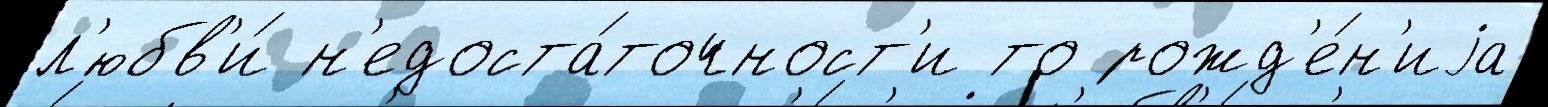
л'юбв'и́ н'едоста́точност'и то рожд'е́н'иjа